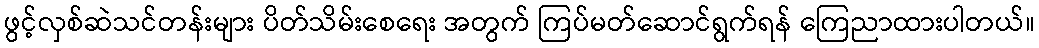
ဖွင့်လှစ်ဆဲသင်တန်းများ ပိတ်သိမ်းစေရေး အတွက် ကြပ်မတ်ဆောင်ရွက်ရန် ကြေညာထားပါတယ်။